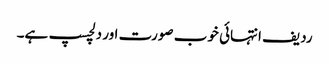
ردیف انتہائی خوب صورت اور دلچسپ ہے۔